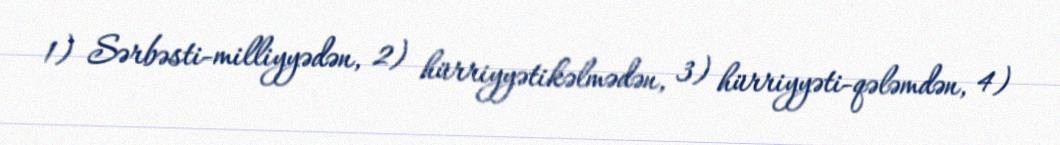
1) Sərbəsti-milliyyədən, 2) hürriyyətikəlmədən, 3) hürriyyəti-qələmdən, 4)